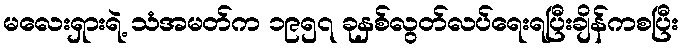
မလေးရှားရဲ့ သံအမတ်က ၁၉၅၇ ခုနှစ်လွတ်လပ်ရေးရပြီးချိန်ကစပြီး